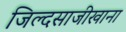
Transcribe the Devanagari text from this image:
जिल्दसाजीखाना